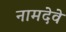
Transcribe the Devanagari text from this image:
नामदेवे